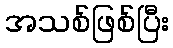
အသစ်ဖြစ်ပြီး